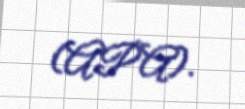
(APA).